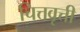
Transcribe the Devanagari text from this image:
चित्तवृत्ती